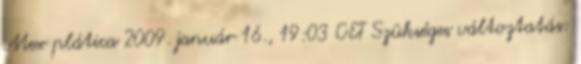
Mex plática 2009. január 16., 19:03 CET Szükséges változtatás: